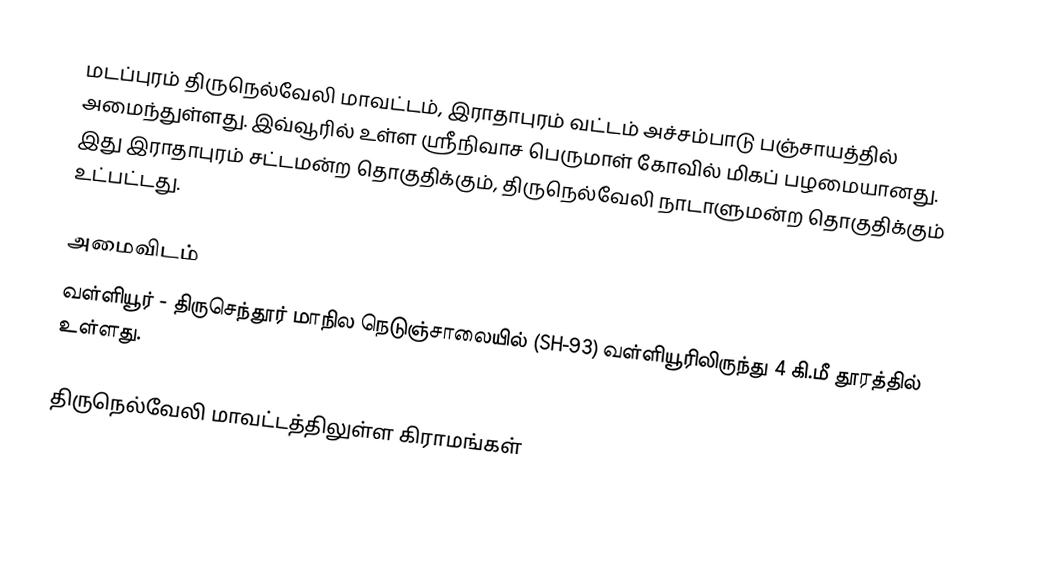
மடப்புரம் திருநெல்வேலி மாவட்டம், இராதாபுரம் வட்டம் அச்சம்பாடு பஞ்சாயத்தில் அமைந்துள்ளது. இவ்வூரில் உள்ள ஸ்ரீநிவாச பெருமாள் கோவில் மிகப் பழமையானது. இது இராதாபுரம் சட்டமன்ற தொகுதிக்கும், திருநெல்வேலி நாடாளுமன்ற தொகுதிக்கும் உட்பட்டது.

அமைவிடம்
வள்ளியூர் - திருசெந்தூர் மாநில நெடுஞ்சாலையில் (SH-93) வள்ளியூரிலிருந்து 4 கி.மீ தூரத்தில் உள்ளது.

திருநெல்வேலி மாவட்டத்திலுள்ள கிராமங்கள்